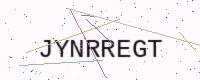
Text: JYNRREGT